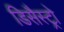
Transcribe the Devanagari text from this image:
डिसैस्ट्रो